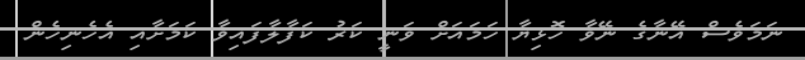
ނަމަވެސް އޭނާގެ ނޭވާ ހޮޅިޔާ ހަމައަށް ވަނީ ކަރު ކަފާލާފައިވާ ކަމަށާއި އެހެނިހެން